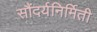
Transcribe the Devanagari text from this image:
सौंदर्यनिर्मिती